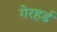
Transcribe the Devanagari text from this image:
गेरहर्ड